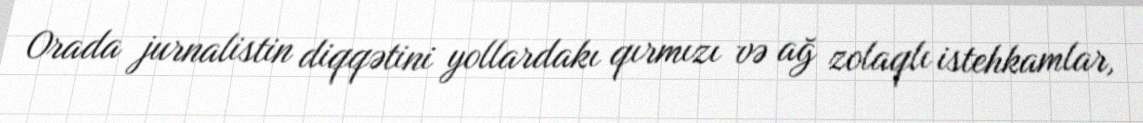
Orada jurnalistin diqqətini yollardakı qırmızı və ağ zolaqlı istehkamlar,